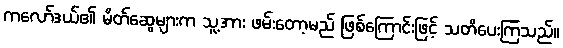
ကလော်ဒယ်၏ မိတ်ဆွေများက သူ့အား ဖမ်းတော့မည် ဖြစ်ကြောင်းဖြင့် သတိပေးကြသည်။